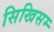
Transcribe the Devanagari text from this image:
सिखिसम्‍